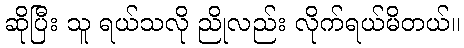
ဆိုပြီး သူ ရယ်သလို ညိုလည်း လိုက်ရယ်မိတယ်။